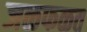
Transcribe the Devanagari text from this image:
जळफळत